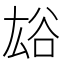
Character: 𧮯